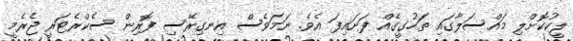
ލީކުކޮށްލި މައްސަލާގައި ތަހުގީގެއް ފަށައިފަ އެވެ. ނަމަވެސް އިނގިރޭސި ފޮރިން ސެކްރެޓަރީ ޖެރެމީ